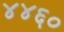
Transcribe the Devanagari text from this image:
४४६०